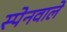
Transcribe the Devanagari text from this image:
स्पेनवाले